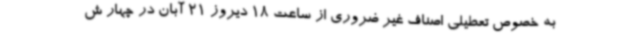
به خصوص تعطیلی اصناف غیر ضروری از ساعت 18 دیروز 21 آبان در چهار ش